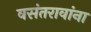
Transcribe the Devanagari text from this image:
वसंतरावांना